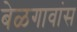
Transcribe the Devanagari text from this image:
बेळगावांस